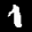
Label: 1